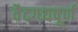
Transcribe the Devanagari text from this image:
वैदग्ध्यपूर्ण